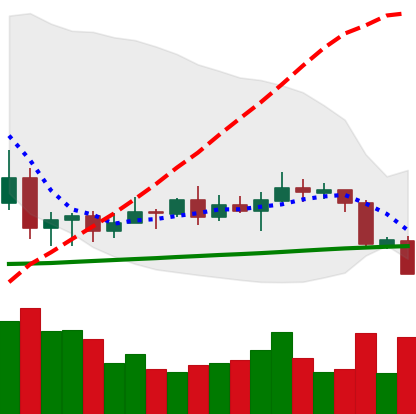
Ticker: XRP-USD
Chart end date: 2020-09-23
Forward return: 9.33%
Label: up_7plus